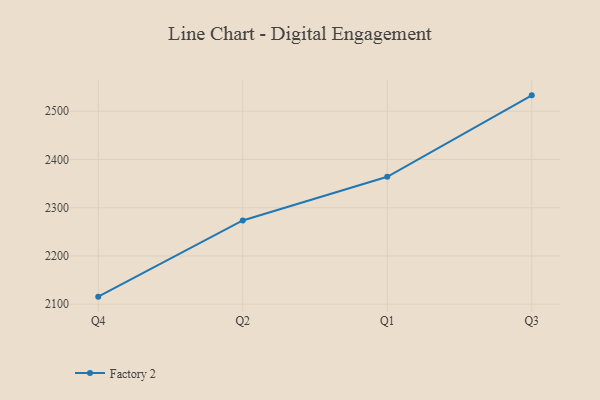
{"axis": {"x": "Quarter", "y": "Bounce Rate (%)"}, "legend": ["Factory 2"], "data": [{"x": "Q4", "y": 2115.7, "type": "Factory 2"}, {"x": "Q2", "y": 2273.6, "type": "Factory 2"}, {"x": "Q1", "y": 2364.1, "type": "Factory 2"}, {"x": "Q3", "y": 2532.9, "type": "Factory 2"}]}